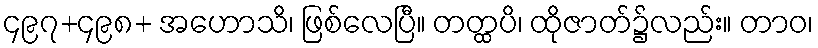
၄၉၇+၄၉၈+ အဟောသိ၊ ဖြစ်လေပြီ။ တတ္ထပိ၊ ထိုဇာတ်၌လည်း။ တာဝ၊